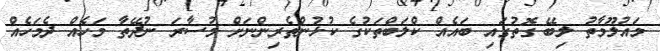
މައުލޫމާތު ލިބޭ ގޮތުގައި ބައެއް ކްލަބްތަކުގެ ކުޅުންތެރިންނަށް މުސާރަ ނުދޭތާ މަހެއް ދެމަހެއް